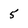
Character: 5